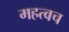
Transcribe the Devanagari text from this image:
महत्वच